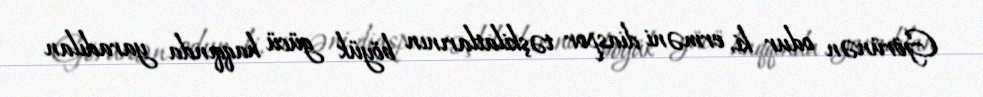
Görünən odur ki, erməni diaspor təşkilatlarının böyük gücü haqqında yaradılan